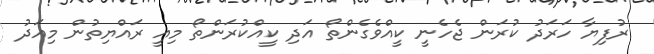
ރުފިޔާ ހަރަދު ކުރަން ޖެހެނީ ކީއްވެގެންތޯ އަދި ކީއްކުރަންތޯ މިއީ ރައްޔިތުން މިއަދު